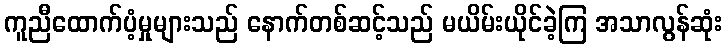
ကူညီထောက်ပံ့မှုများသည် နောက်တစ်ဆင့်သည် မယိမ်းယိုင်ခဲ့ကြ အသာလွန်ဆုံး